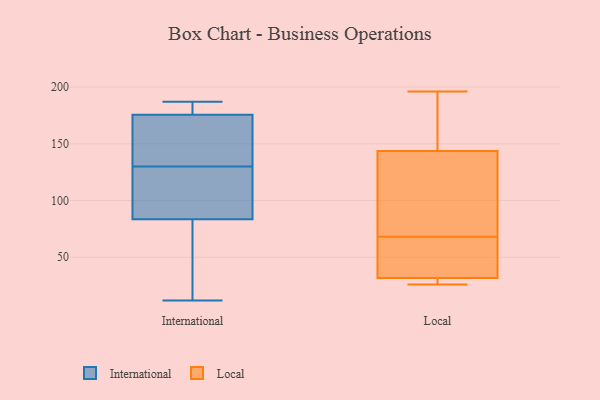
{"axis": {"x": "Backlog", "y": "Value"}, "legend": ["International", "Local"], "data": [{"x": "", "y": 44, "type": "International"}, {"x": "", "y": 133, "type": "International"}, {"x": "", "y": 174, "type": "International"}, {"x": "", "y": 185, "type": "International"}, {"x": "", "y": 127, "type": "International"}, {"x": "", "y": 79, "type": "International"}, {"x": "", "y": 149, "type": "International"}, {"x": "", "y": 12, "type": "International"}, {"x": "", "y": 177, "type": "International"}, {"x": "", "y": 187, "type": "International"}, {"x": "", "y": 172, "type": "International"}, {"x": "", "y": 184, "type": "International"}, {"x": "", "y": 115, "type": "International"}, {"x": "", "y": 123, "type": "International"}, {"x": "", "y": 17, "type": "International"}, {"x": "", "y": 88, "type": "International"}, {"x": "", "y": 144, "type": "Local"}, {"x": "", "y": 68, "type": "Local"}, {"x": "", "y": 26, "type": "Local"}, {"x": "", "y": 27, "type": "Local"}, {"x": "", "y": 196, "type": "Local"}, {"x": "", "y": 172, "type": "Local"}, {"x": "", "y": 143, "type": "Local"}, {"x": "", "y": 72, "type": "Local"}, {"x": "", "y": 45, "type": "Local"}, {"x": "", "y": 40, "type": "Local"}, {"x": "", "y": 29, "type": "Local"}]}